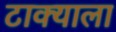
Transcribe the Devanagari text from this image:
टाक्याला